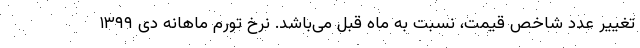
تغییر عدد شاخص قیمت، نسبت به ماه قبل می‌باشد. نرخ تورم ماهانه دی ١٣٩٩